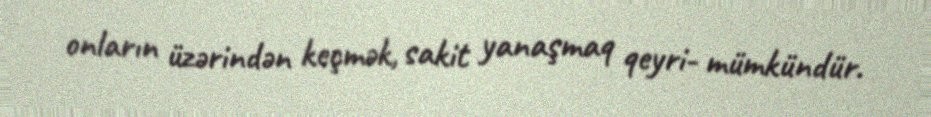
onların üzərindən keçmək, sakit yanaşmaq qeyri- mümkündür.